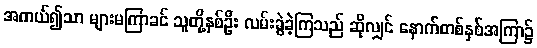
အကယ်၍သာ များမကြာခင် သူတို့နှစ်ဦး လမ်းခွဲခဲ့ကြသည် ဆိုလျှင် နောက်တစ်နှစ်အကြာ၌